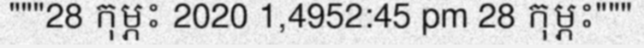
"""28 កុម្ភះ 2020 1,4952:45 pm 28 កុម្ភះ"""